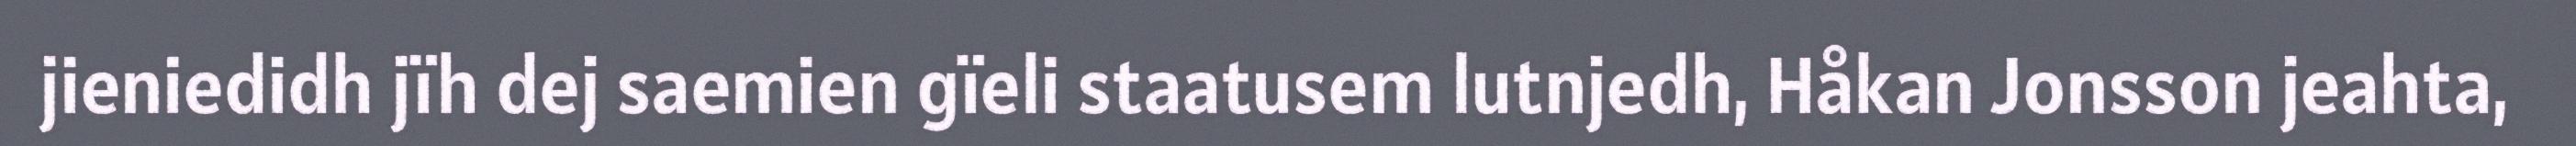
jieniedidh jïh dej saemien gïeli staatusem lutnjedh, Håkan Jonsson jeahta,